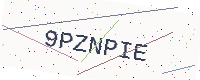
Text: 9PZNPIE